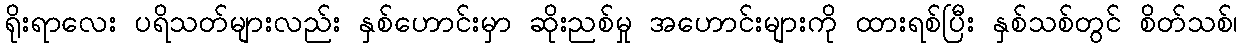
ရိုးရာလေး ပရိသတ်များလည်း နှစ်ဟောင်းမှာ ဆိုးညစ်မှု အဟောင်းများကို ထားရစ်ပြီး နှစ်သစ်တွင် စိတ်သစ်၊